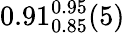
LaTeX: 0.91_{0.85}^{0.95}(5)